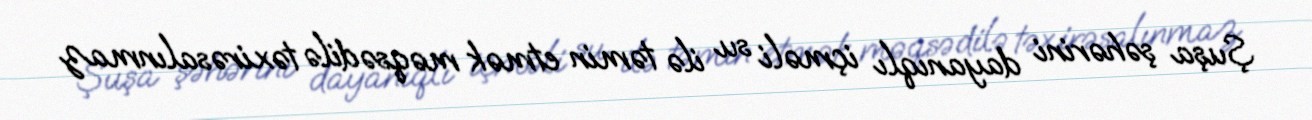
Şuşa şəhərini dayanıqlı içməli su ilə təmin etmək məqsədilə təxirəsalınmaz